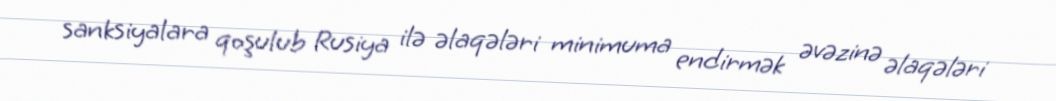
sanksiyalara qoşulub Rusiya ilə əlaqələri minimuma endirmək əvəzinə əlaqələri